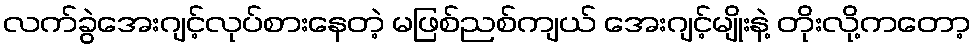
လက်ခွဲအေးဂျင့်လုပ်စားနေတဲ့ မဖြစ်ညစ်ကျယ် အေးဂျင့်မျိုးနဲ့ တိုးလို့ကတော့